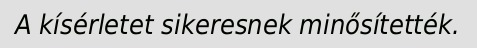
A kísérletet sikeresnek minősítették.